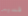
قسيس